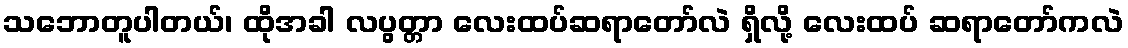
သဘောတူပါတယ်၊ ထိုအခါ လပွတ္တာ လေးထပ်ဆရာတော်လဲ ရှိလို့ လေးထပ် ဆရာတော်ကလဲ